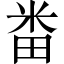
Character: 畨